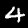
Label: 4